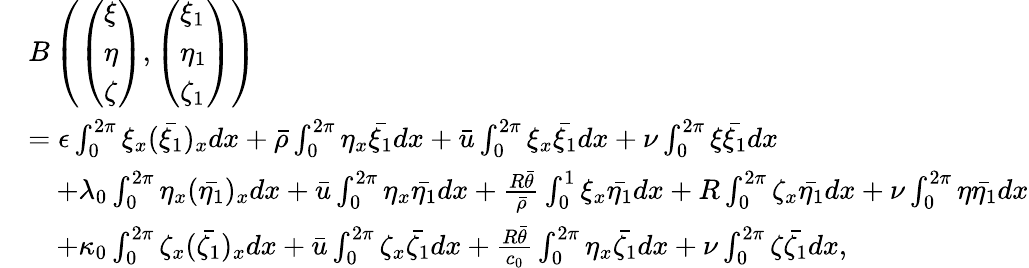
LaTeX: \begin{array}{rl}&{B\left(\left(\begin{array}{l}{\xi}\\ {\eta}\\ {\zeta}\end{array}\right),\left(\begin{array}{l}{\xi_{1}}\\ {\eta_{1}}\\ {\zeta_{1}}\end{array}\right)\right)}\\ &{=\epsilon\int_{0}^{2\pi}\xi_{x}(\bar{\xi_{1}})_{x}dx+\bar{\rho}\int_{0}^{2\pi}\eta_{x}\bar{\xi_{1}}dx+\bar{u}\int_{0}^{2\pi}\xi_{x}\bar{\xi_{1}}dx+\nu\int_{0}^{2\pi}\xi\bar{\xi_{1}}dx}\\ &{\quad+\lambda_{0}\int_{0}^{2\pi}\eta_{x}(\bar{\eta_{1}})_{x}dx+\bar{u}\int_{0}^{2\pi}\eta_{x}\bar{\eta_{1}}dx+\frac{R\bar{\theta}}{\bar{\rho}}\int_{0}^{1}\xi_{x}\bar{\eta_{1}}dx+R\int_{0}^{2\pi}\zeta_{x}\bar{\eta_{1}}dx+\nu\int_{0}^{2\pi}\eta\bar{\eta_{1}}dx}\\ &{\quad+\kappa_{0}\int_{0}^{2\pi}\zeta_{x}(\bar{\zeta_{1}})_{x}dx+\bar{u}\int_{0}^{2\pi}\zeta_{x}\bar{\zeta_{1}}dx+\frac{R\bar{\theta}}{c_{0}}\int_{0}^{2\pi}\eta_{x}\bar{\zeta_{1}}dx+\nu\int_{0}^{2\pi}\zeta\bar{\zeta_{1}}dx,}\end{array}